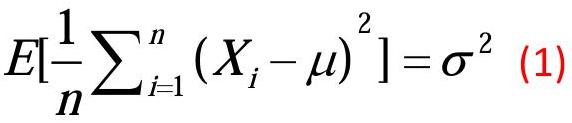
\[E[\frac{1}{n}\sum_{i = 1}^{n} (X_i - \mu)^2]=\sigma^2 \quad(1)\]